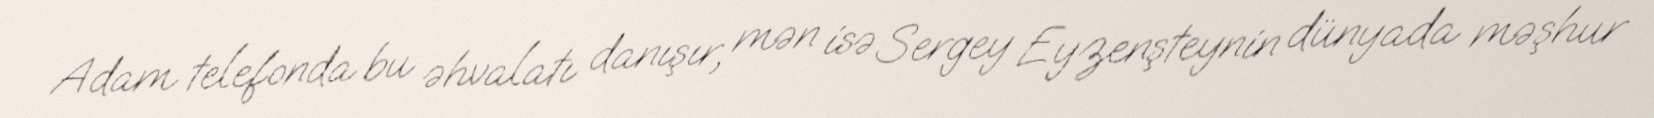
Adam telefonda bu əhvalatı danışır, mən isə Sergey Eyzenşteynin dünyada məşhur